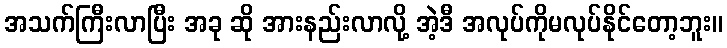
အသက်ကြီးလာပြီး အခု ဆို အားနည်းလာလို့ အဲ့ဒီ အလုပ်ကိုမလုပ်နိုင်တော့ဘူး။